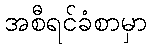
အစီရင်ခံစာမှာ